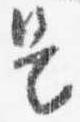
是